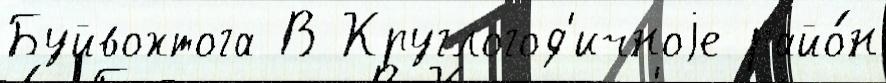
Буйвохтога В Круглогод'ичноjе райо́н